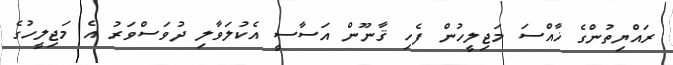
ރައްޔިތުންގެ ޚާއްސަ މަޖިލީހުން ފެހި ޤާނޫން އަސާސީ އެކުލަވާލި ދުވަސްވަރު އެ މަޖިލީހުގެ